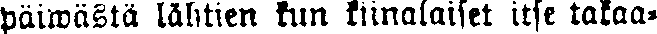
päiwästä lähtien kun kiinalaiset itse takaa-